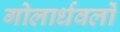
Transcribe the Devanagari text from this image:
गोलार्धवलों